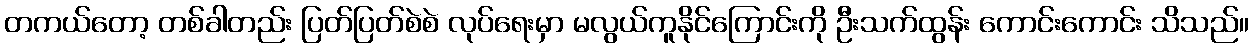
တကယ်တော့ တစ်ခါတည်း ပြတ်ပြတ်စဲစဲ လုပ်ရေးမှာ မလွယ်ကူနိုင်ကြောင်းကို ဦးသက်ထွန်း ကောင်းကောင်း သိသည်။